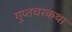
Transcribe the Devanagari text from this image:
गुप्तचरकथा